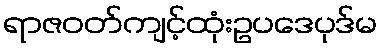
ရာဇဝတ်ကျင့်ထုံးဥပဒေပုဒ်မ